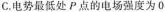
C.电势最低处P点的电场强度为0